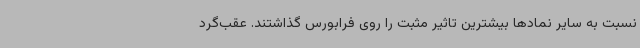
نسبت به سایر نمادها بیشترین تاثیر مثبت را روی فرابورس گذاشتند. عقب‌گرد